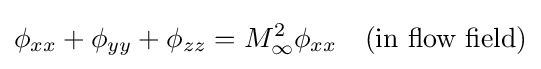
\phi _{xx}+\phi _{yy}+\phi _{zz}=M_{\infty }^{2}\phi _{xx}\quad {\mbox{(in flow field)}}